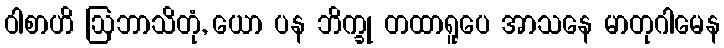
ဝါစာဟိ ဩဘာသိတုံ, ယော ပန ဘိက္ခု တထာရူပေ အာသနေ မာတုဂါမေန